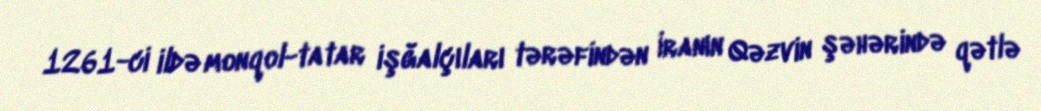
1261-ci ildə monqol-tatar işğalçıları tərəfindən İranın Qəzvin şəhərində qətlə